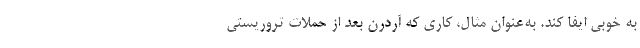
به خوبی ایفا کند. به‌عنوان مثال، کاری که آردرن بعد از حملات تروریستی